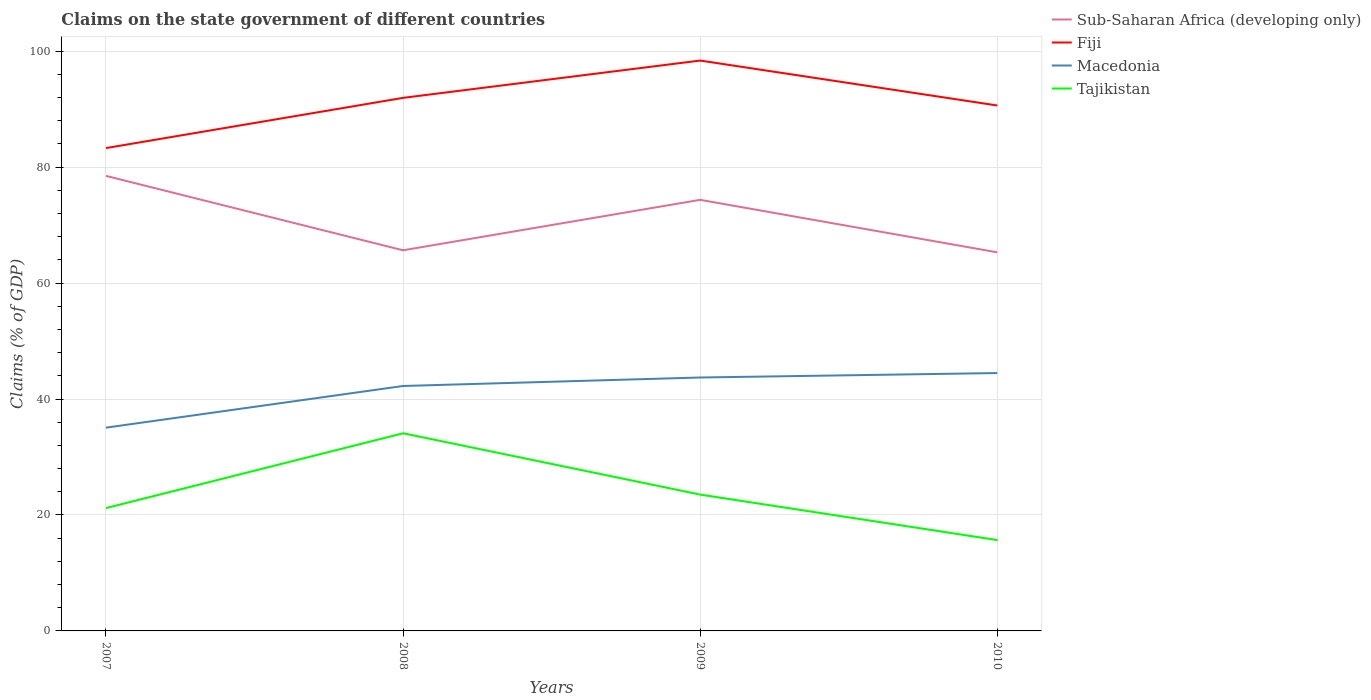
| Years | Sub-Saharan Africa (developing only) | Fiji | Macedonia | Tajikistan |
 | --- | --- | --- | --- | --- |
 | 2007 | 78.5 | 83.3 | 35.1 | 21.2 |
 | 2008 | 65.7 | 91.9 | 42.2 | 34.1 |
 | 2009 | 74.4 | 98.4 | 43.7 | 23.5 |
 | 2010 | 65.3 | 90.6 | 44.5 | 15.7 |